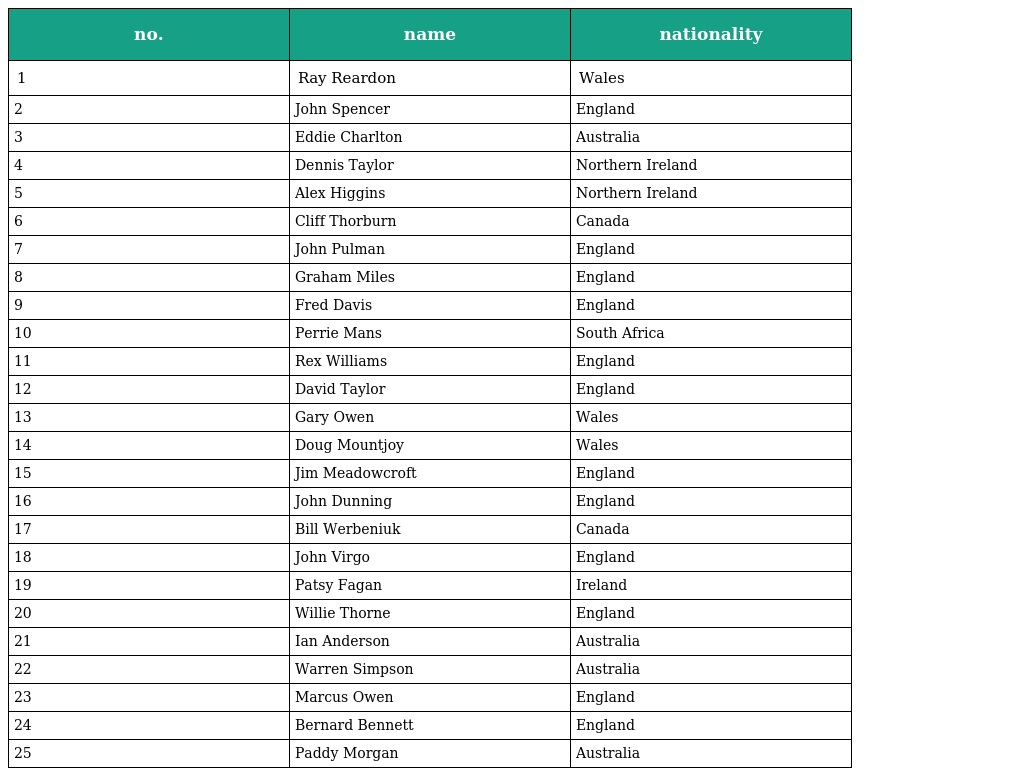
| no. | name | nationality |
 | --- | --- | --- |
 | 1 | Ray Reardon | Wales |
 | 2 | John Spencer | England |
 | 3 | Eddie Charlton | Australia |
 | 4 | Dennis Taylor | Northern Ireland |
 | 5 | Alex Higgins | Northern Ireland |
 | 6 | Cliff Thorburn | Canada |
 | 7 | John Pulman | England |
 | 8 | Graham Miles | England |
 | 9 | Fred Davis | England |
 | 10 | Perrie Mans | South Africa |
 | 11 | Rex Williams | England |
 | 12 | David Taylor | England |
 | 13 | Gary Owen | Wales |
 | 14 | Doug Mountjoy | Wales |
 | 15 | Jim Meadowcroft | England |
 | 16 | John Dunning | England |
 | 17 | Bill Werbeniuk | Canada |
 | 18 | John Virgo | England |
 | 19 | Patsy Fagan | Ireland |
 | 20 | Willie Thorne | England |
 | 21 | Ian Anderson | Australia |
 | 22 | Warren Simpson | Australia |
 | 23 | Marcus Owen | England |
 | 24 | Bernard Bennett | England |
 | 25 | Paddy Morgan | Australia |